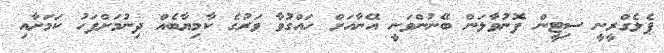
ޕެލެގްރީނީ ސިޓީން ފޮނުވާލަން ބޭނުންވަނީ އޭނާއަށް ހައްގުވާ ވަރުގެ ކާމިޔާބެއް ދިނުމަށްފަހު ކަމަށާއި